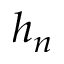
h _ { n }